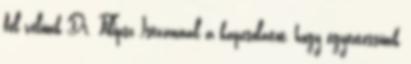
fel velünk Dr. Filipsz Istvánnal a kapcsolatot, hogy egyeztessünk